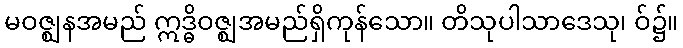
မဝဇ္ဈနအမည် ဣဒ္ဓိဝဇ္ဈအမည်ရှိကုန်သော။ တိသုပါသာဒေသု၊ ဝ်၌။